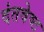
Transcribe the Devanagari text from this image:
दंतवेष्ट